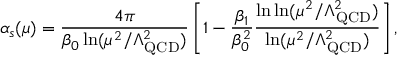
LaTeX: \alpha _ { s } ( \mu ) = \frac { 4 \pi } { \beta _ { 0 } \ln ( \mu ^ { 2 } / \Lambda _ { \mathrm { Q C D } } ^ { 2 } ) } \left[ 1 - \frac { \beta _ { 1 } } { \beta _ { 0 } ^ { 2 } } \frac { \ln \ln ( \mu ^ { 2 } / \Lambda _ { \mathrm { Q C D } } ^ { 2 } ) } { \ln ( \mu ^ { 2 } / \Lambda _ { \mathrm { Q C D } } ^ { 2 } ) } \right] ,